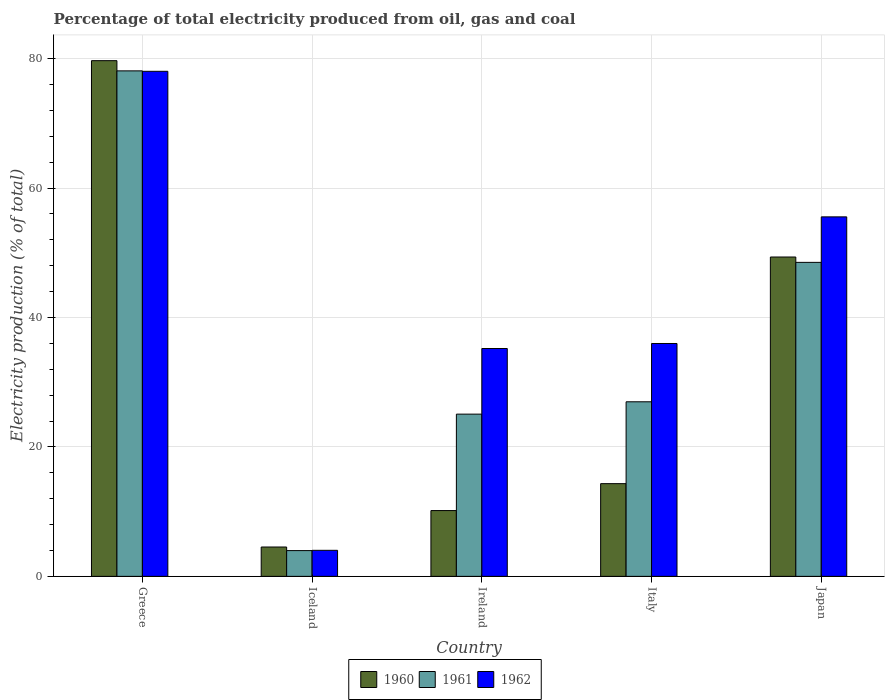
| Country | 1960 | 1961 | 1962 |
 | --- | --- | --- | --- |
 | Greece | 79.7 | 78.1 | 78 |
 | Iceland | 4.54 | 3.98 | 4.03 |
 | Ireland | 10.2 | 25.1 | 35.2 |
 | Italy | 14.3 | 27 | 36 |
 | Japan | 49.4 | 48.5 | 55.6 |